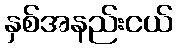
နှစ်အနည်းငယ်